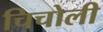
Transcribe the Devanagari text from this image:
चिचोली